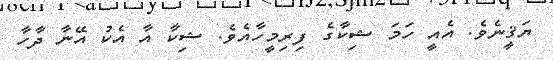
ޔަޤީނެވެ. އެއީ ހަމަ ޝިކާގެ ފިރިމީހާއެވެ. ޝިކާ އާ އެކު އޭނާ ދާހާ